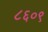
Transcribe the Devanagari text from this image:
८६०९